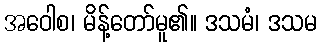
အဝေါစ၊ မိန့်တော်မူ၏။ ဒသမံ၊ ဒသမ